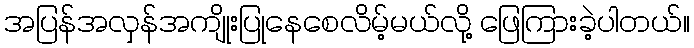
အပြန်အလှန်အကျိုးပြုနေစေလိမ့်မယ်လို့ ဖြေကြားခဲ့ပါတယ်။